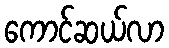
ကောင်ဆယ်လာ